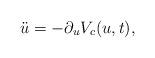
LaTeX: \begin{align*}\ddot{u} = -\partial_u V_c(u,t),\end{align*}